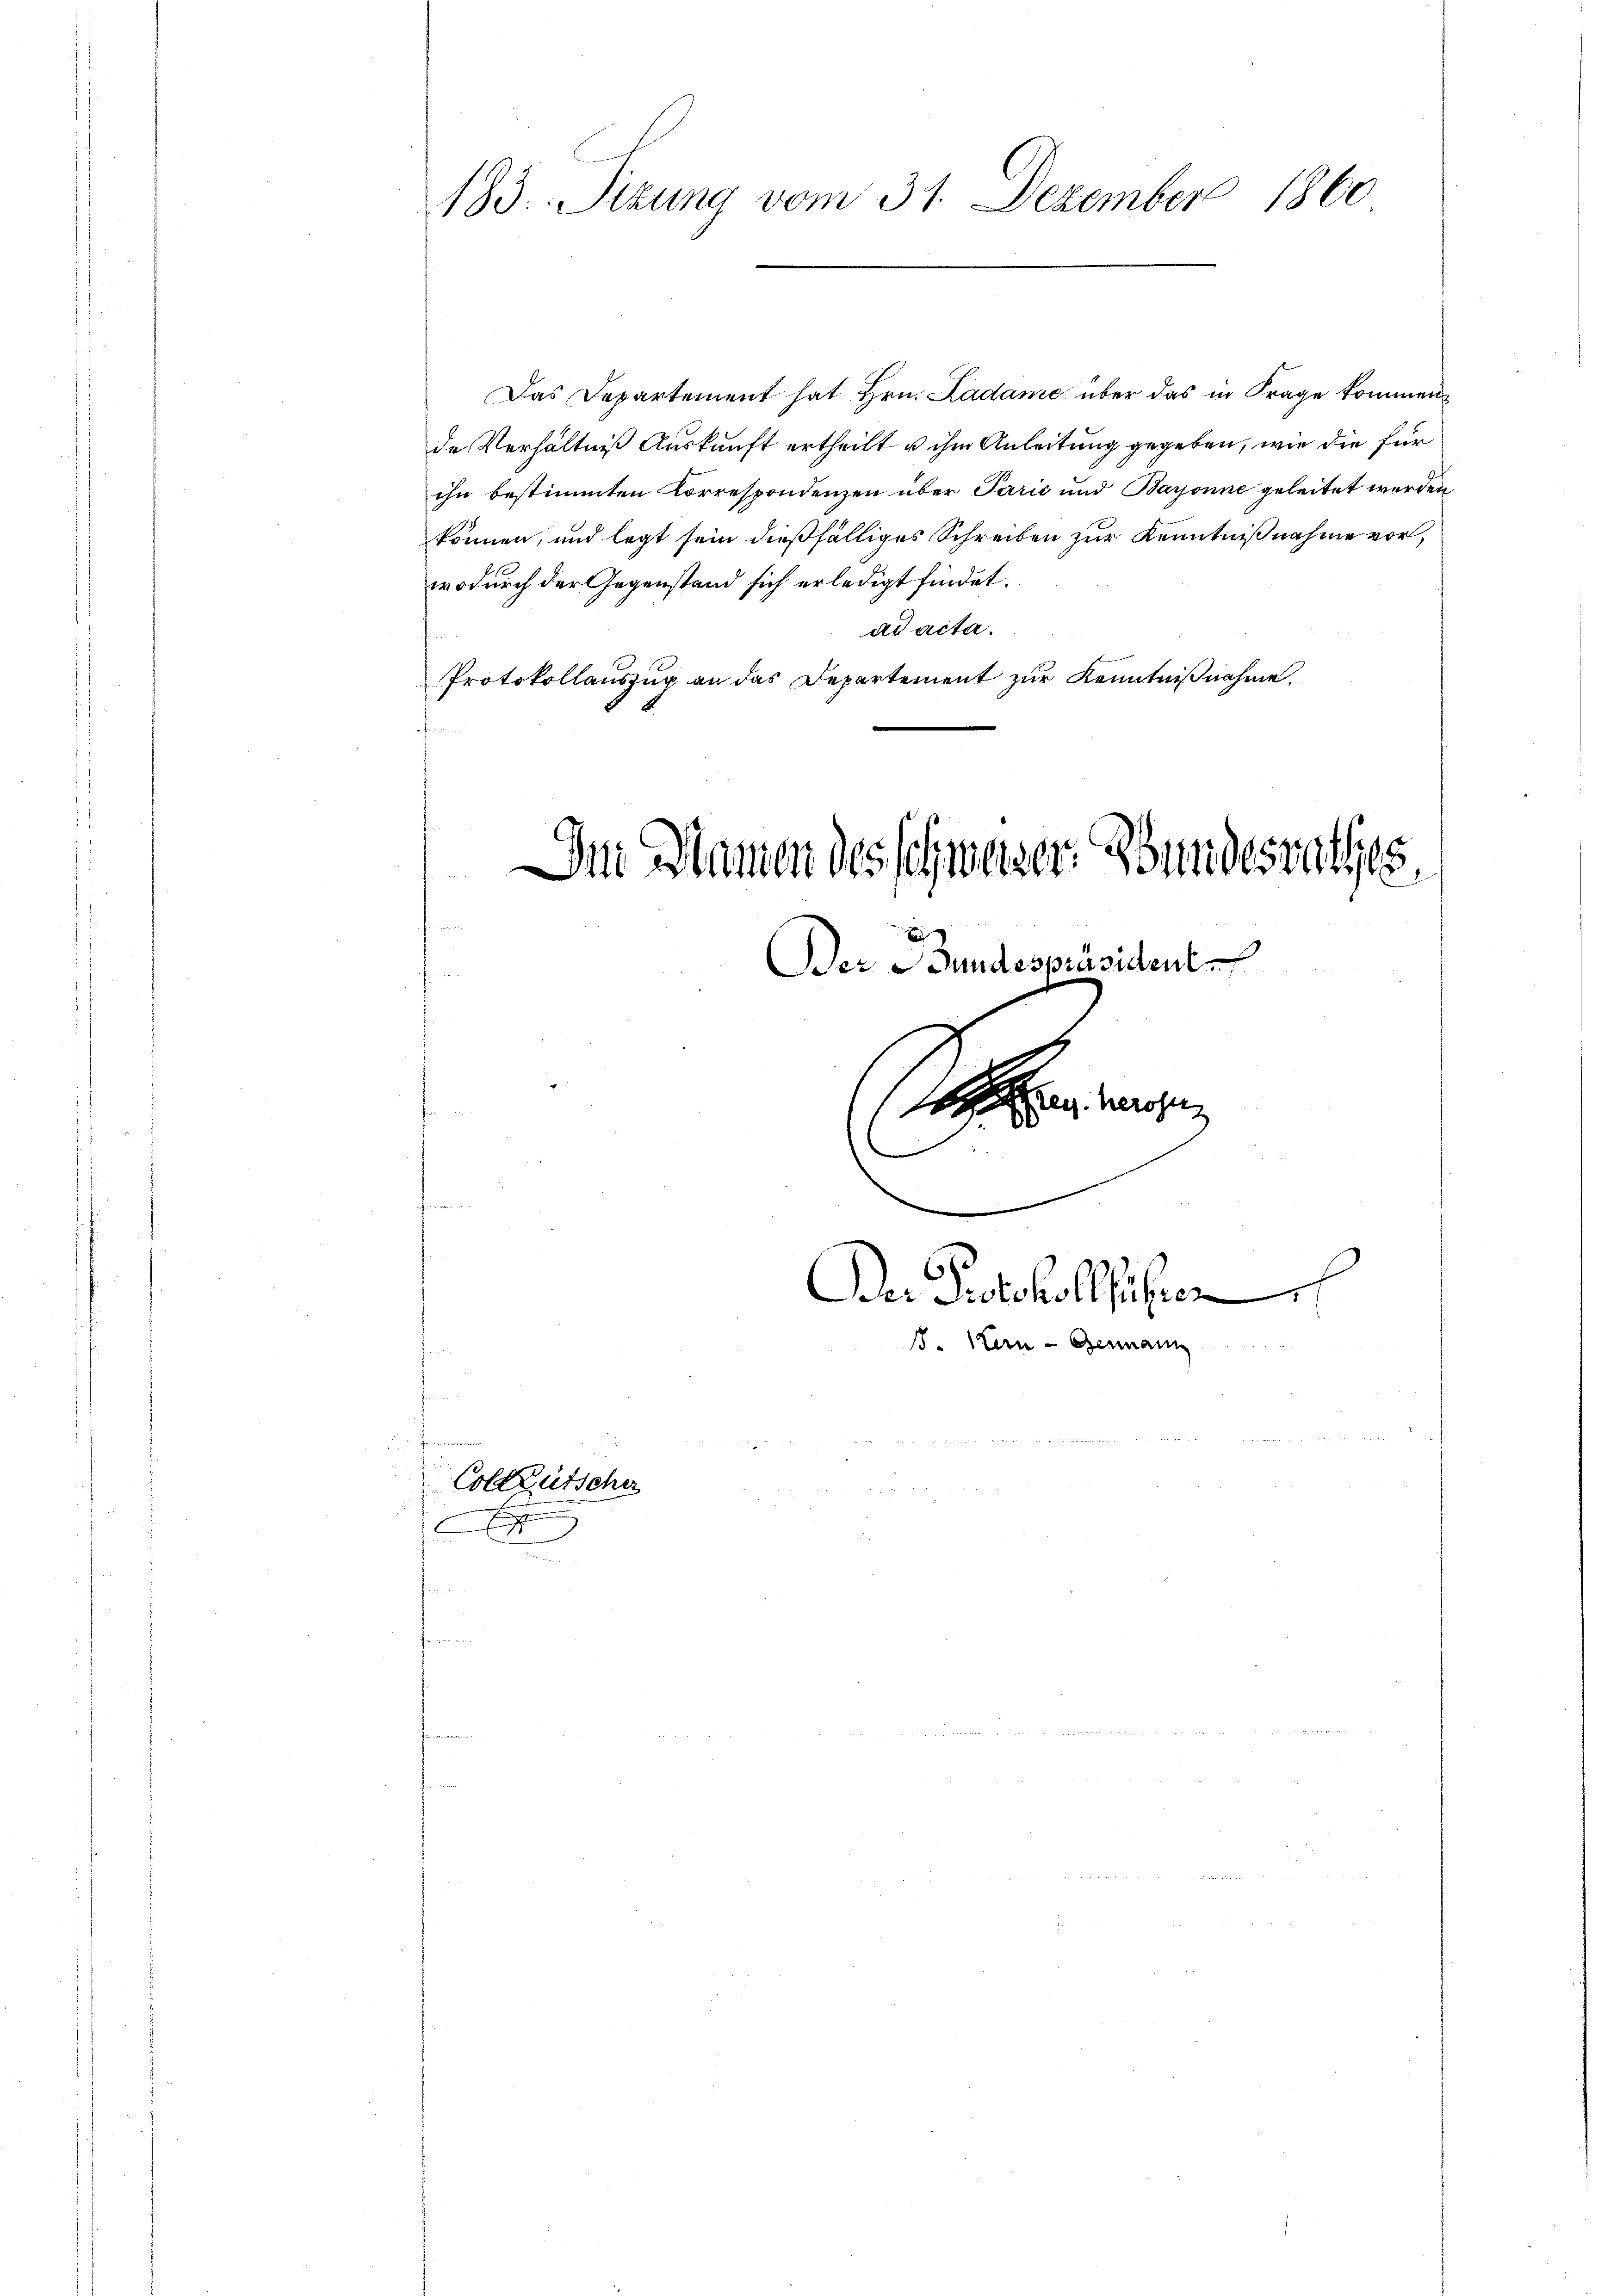
183. Sitzung vom 31. Dezember 1860

Das Departement hat Hrn. Ladame über das in Frage kommen
de Verhältniß Auskunft ertheilt u ihm Anleitung gegeben, wie die für
ihn bestimmten Correspondenzen über Parić und Baronne geleitet werden
können, und legt sein dießfälliges Schreiben zur Kenntnißnahme vor,
wodurch der Gegenstand sich erledigt findet.
ad acta.
Protokollauszug an das Departement zur Kenntnißnahme.
.

Collgütsche
E

Der Namen des schweizer. Bundesrathes,
Der Bundespräsidente

verse
Der Protokollführen
s. Kern - Genann